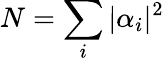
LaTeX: N=\sum_{i}|\alpha_{i}|^{2}